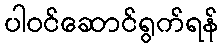
ပါဝင်ဆောင်ရွက်ရန်